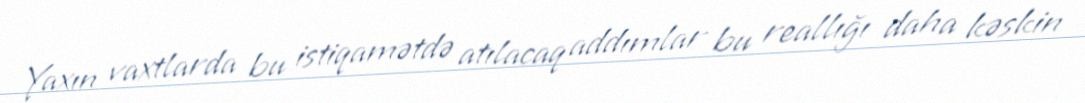
Yaxın vaxtlarda bu istiqamətdə atılacaq addımlar bu reallığı daha kəskin